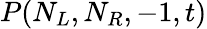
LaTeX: P(N_{L},N_{R},-1,t)